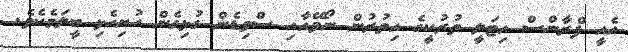
އެއީ ފްރާންސް އިޓަލީ ތުރުކީގެ އިތުރުން ނޯވޭއާއި ސްވިޑެން ގުޅިގެން ހުށިހެޅި ބީލަމެކެވެ.